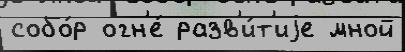
собо́р огн'е́ разв'и́т'иjе мной